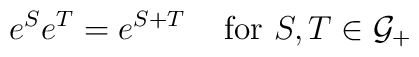
e^{S}e^{T}=e^{S+T}\textrm{ }\; \; \; \textrm{for }S,T\in {\cal {G}}_{+}